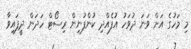
މި މަހުގެ އަށް ވަނަ ދުވަހު އުފެއްދި ކުންފުނިން ރިސޯޓް ހަދަން ދީފައިވާ